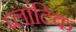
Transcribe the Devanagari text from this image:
प्लांटिक